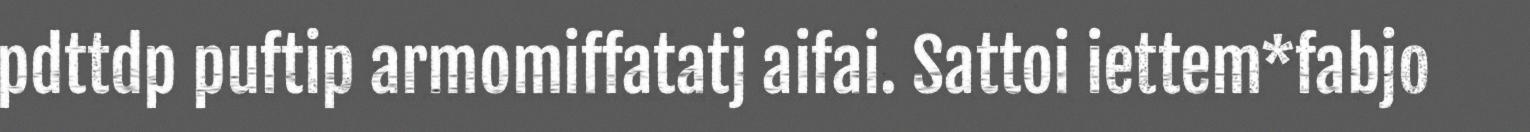
pdttdp puftip armomiffatatj aifai. Sattoi iettem*fabjo